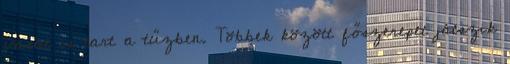
vasat is tart a tűzben. Többek között főszerepet játszik